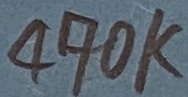
Text: 470K